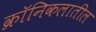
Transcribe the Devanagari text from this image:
क्रॉनिकलातील